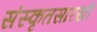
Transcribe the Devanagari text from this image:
संस्कृतसारखी